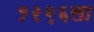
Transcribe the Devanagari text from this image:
१२९६ला